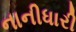
નાનીધારી